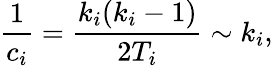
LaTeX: \frac{1}{c_{i}}=\frac{k_{i}(k_{i}-1)}{2T_{i}}\sim k_{i},